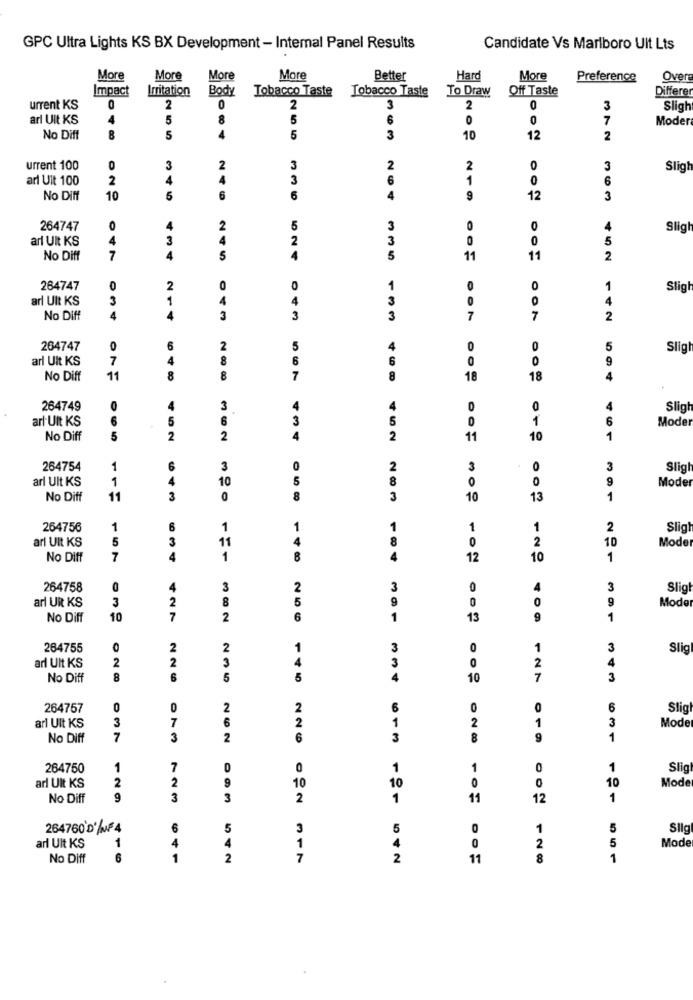
GPC Ultra Lights KS BX Development - Internal Panel Results
Candidate Vs Marlboro Ult Lts
More
More
More
More
Better
Hard
More
Preference
Over
Impact
Irritation
Body
Tobacco Taste
Tobacco Taste
To Draw
Off Taste
Differer
urrent KS
2
0
3
2
0
3
Sligh
ari UIt KS
4
5
8
6
0
0
7
Moder
A
No Diff
8
5
255
3
10
12
2
urrent 100
O
2
2
O
3
Slig
arl Uit 100
2
4
6
21
0
6
No Diff
10
345
6
336
4
9
12
3
264747
5
0
0
Sligl
ari Ult KS
04
43
2
0
0
No Diff
7
4
245
4
335
11
11
2
264747
0
1
0
Slig
arl Ult KS
21
4
4
3
14
No Diff
034
3
3
3
7
7
2
264747
O
2
5
0
0
5
Sligt
arl Ult KS
7
8
0
9
No Diff
11
648
8
7
468
18
18
4
264749
3
0
Sligt
arl Uit KS
1
46
Mode
No Diff
5
452
62
434
452
11
10
1
264754
1
0
3
Sligh
ari Ult KS
30
0
9
Moder
1
64
No Diff
11
3
320
058
283
10
13
1
264756
1
1
Slig
ari Ult KS
5
0
Moder
125
No Diff
7
634
151
148
184
12
10
221
264758
U
3
2
0
3
Slig
arl Uit KS
3
8
5
39
0
Mode
No Diff
10
427
2
6
1
13
409
91
264755
2
3
0
3
Slig
arl Ult KS
2
22
3
4
No Diff
8
6
3 5
145
4
10
127
3
264757
O
6
O
6
Slig
arl Ult KS
7
26
2
3
01
Mode
No Diff
7
3
2
226
13
8
9
1
264750
1
7
D
0
1
1
0
Slig
arl Uit KS
N
2
10
10
Mode
No Diff
9
3
M
2
1
11
12
121
264760'D'%F4
0
1
Slig
arl Ult KS
0
Mode
64
54
5 5
No Diff
16
1
2
317
542
11
28
1